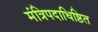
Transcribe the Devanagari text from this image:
मंत्रिपदाधिष्ठित